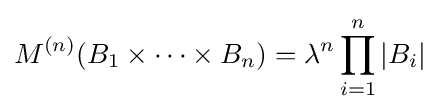
M^{(n)}(B_{1}\times \cdots \times B_{n})=\lambda ^{n}\prod _{i=1}^{n}|B_{i}|